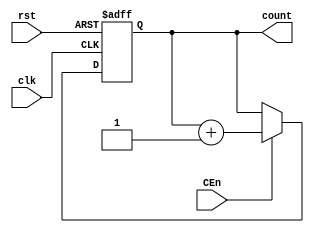
module Counter(input clk,rst,CEn, output reg [12:0]count);
	always @(posedge clk , posedge rst) begin
		if(rst) count <= 13'b0;
		else if(CEn) count <= count + 1; 
		else count <= count;
	end
endmodule